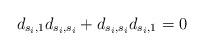
LaTeX: \begin{align*}d_{s_i,1}d_{s_i,s_i}+d_{s_i,s_i}d_{s_i,1}=0\end{align*}